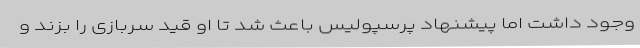
وجود داشت اما پیشنهاد پرسپولیس باعث شد تا او قید سربازی را بزند و